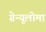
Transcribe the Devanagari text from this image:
ग्रेन्यूलोमा